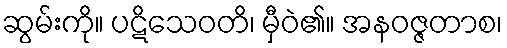
ဆွမ်းကို။ ပဋိသေဝတိ၊ မှီဝဲ၏။ အနဝဇ္ဇတာစ၊